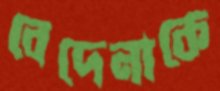
বেদেনাকে